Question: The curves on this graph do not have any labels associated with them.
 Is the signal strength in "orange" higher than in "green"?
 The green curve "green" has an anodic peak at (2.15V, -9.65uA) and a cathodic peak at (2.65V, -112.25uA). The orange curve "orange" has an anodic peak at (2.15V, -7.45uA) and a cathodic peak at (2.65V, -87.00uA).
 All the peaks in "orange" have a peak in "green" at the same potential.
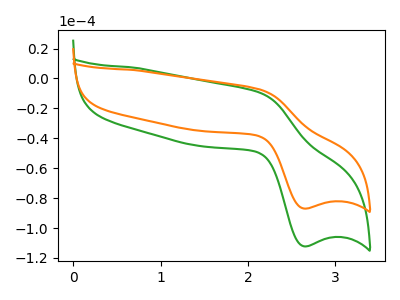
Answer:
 <answer>I cant tell if "orange" or "green" has more signal.</answer>
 <eval>mixed_signal</eval>